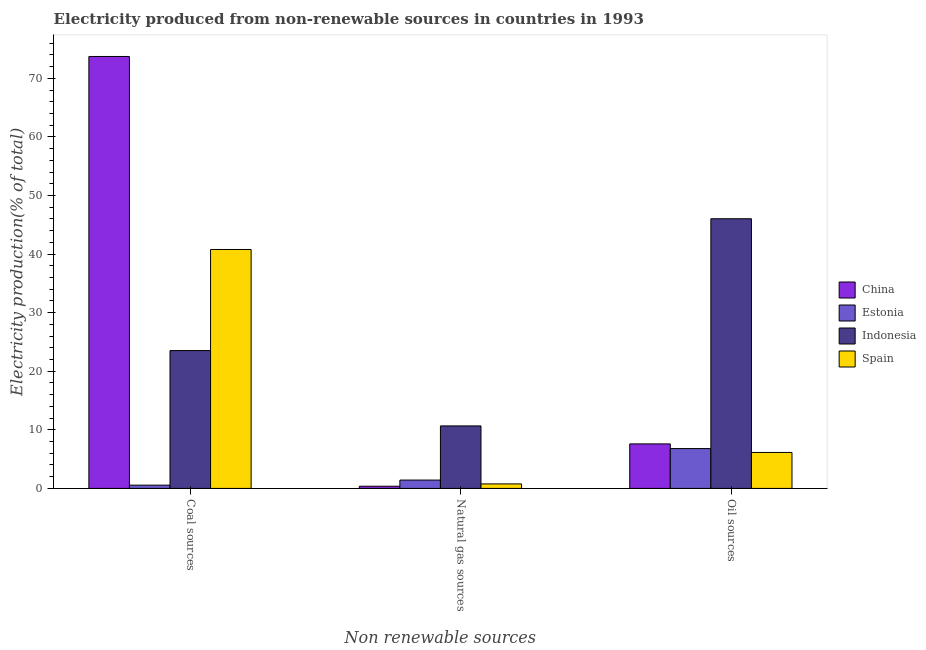
| Non renewable sources | China | Estonia | Indonesia | Spain |
 | --- | --- | --- | --- | --- |
 | Coal sources | 73.7 | 0.559 | 23.5 | 40.8 |
 | Natural gas sources | 0.372 | 1.43 | 10.7 | 0.769 |
 | Oil sources | 7.6 | 6.8 | 46 | 6.14 |